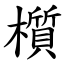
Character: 櫍